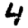
Digit: 4